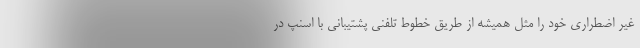
غیر اضطراری خود را مثل همیشه از طریق خطوط تلفنی پشتیبانی با اسنپ در